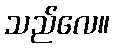
သည်လေ။